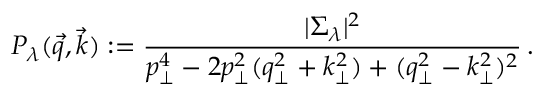
P _ { \lambda } ( \vec { q } , \vec { k } ) : = { \frac { | \Sigma _ { \lambda } | ^ { 2 } } { p _ { \perp } ^ { 4 } - 2 p _ { \perp } ^ { 2 } ( q _ { \perp } ^ { 2 } + k _ { \perp } ^ { 2 } ) + ( q _ { \perp } ^ { 2 } - k _ { \perp } ^ { 2 } ) ^ { 2 } } } \, .